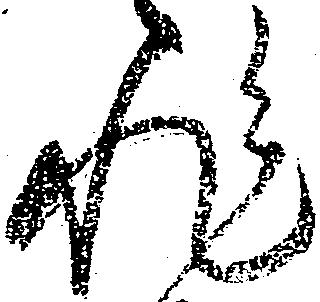
非